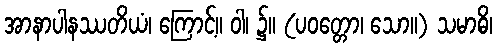
အာနာပါနဿတိယံ၊ ကြောင့်။ ဝါ၊ ၌။ (ပဝတ္တော၊ သော။) သမာဓိ၊